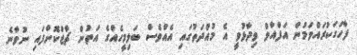
ފާހަގަކުރައްވަމުން އަފްއާލް ވިދާޅުވީ އެ މުއްދަތުގައި އެއްވެސް ބަލިމީހެއްގެ އަތުން ޗާޖްކޮށްފައި ނުވާނެ